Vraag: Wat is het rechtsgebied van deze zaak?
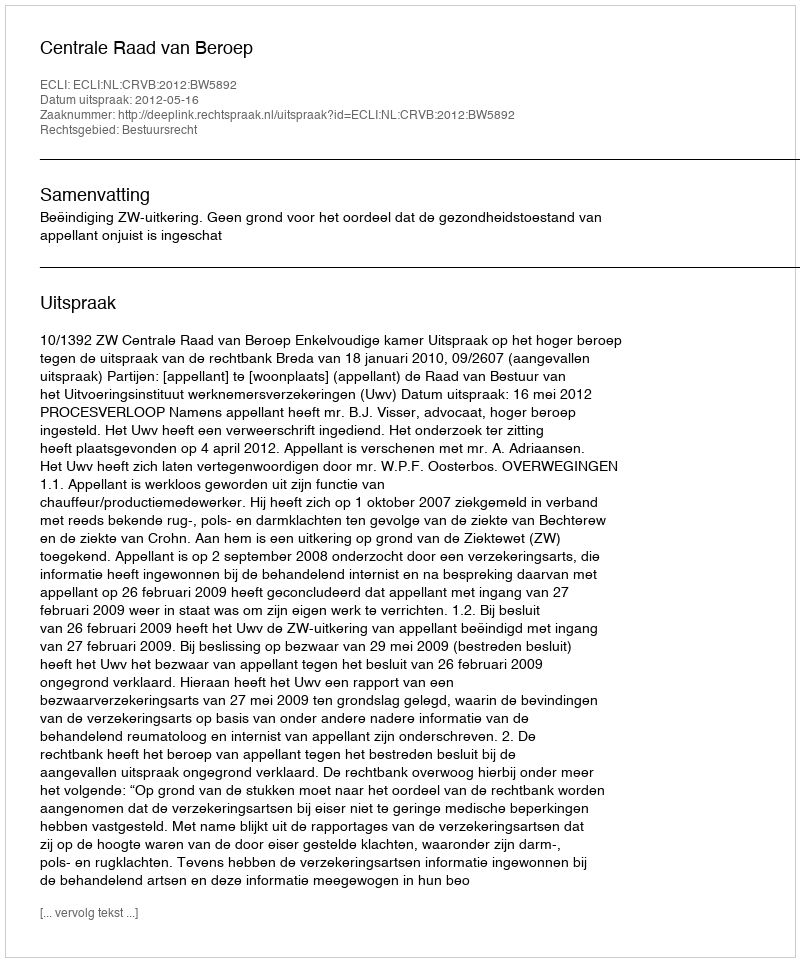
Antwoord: Bestuursrecht